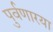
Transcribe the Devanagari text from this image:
पुर्वणारया